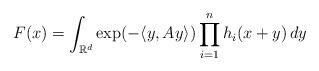
LaTeX: \begin{align*} F(x)=\int_{{\mathbb R}^d}\exp(-\langle y,Ay\rangle)\prod_{i = 1}^n h_i(x+y)\,dy\end{align*}